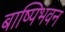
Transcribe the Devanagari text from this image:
बाष्पिभवन